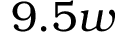
9 . 5 w